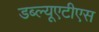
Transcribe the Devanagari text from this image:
डब्ल्यूएटीएस